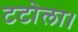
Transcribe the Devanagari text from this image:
टटोला।